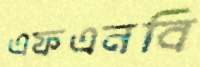
এফএনবি